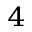
^ { 4 }